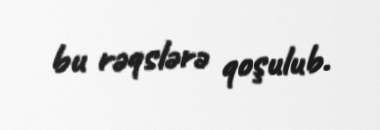
bu rəqslərə qoşulub.